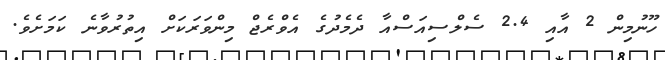
ހޫނުމިން 2 އާއި 2.4 ސެލްސިއަސްއާ ދެމެދުގެ އެވްރެޖް މިންވަރަކަށް އިތުރުވާނެ ކަމަށެވެ.